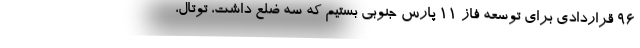
96 قراردادی برای توسعه فاز 11 پارس جنوبی بستیم که سه ضلع داشت، توتال،